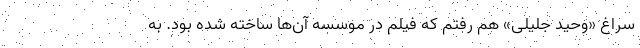
سراغ «وحید جلیلی» هم رفتم که فیلم در موسسه آن‌ها ساخته شده بود. به